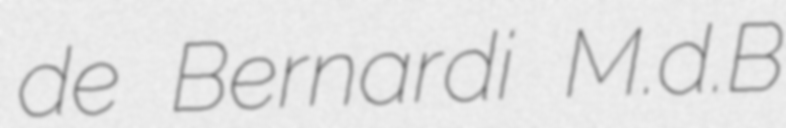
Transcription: de Bernardi M.d.B